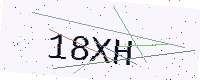
Text: 18XH